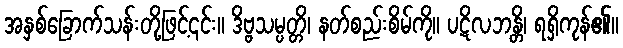
အနှစ်ခြောက်သန်းတို့ဖြင့်၎င်း။ ဒိဗ္ဗသမ္ပတ္တိ၊ နတ်စည်းစိမ်ကို။ ပဋိလဘန္တိ၊ ရရှိကုန်၏။